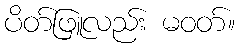
ပိတ်ဖြူလည်း မဝတ်။